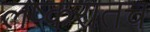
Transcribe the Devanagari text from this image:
लष्करातच